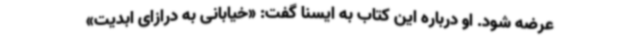
عرضه شود. او درباره این کتاب به ایسنا گفت: «خیابانی به درازای ابدیت»